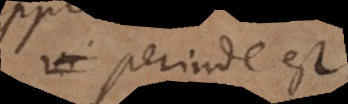
perinde est